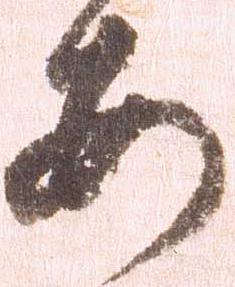
安